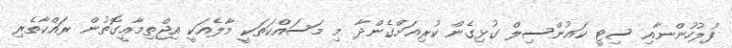
ފުލުހުންނާއި ސިޓީ ކައުންސިލް ގުޅިގެން ކުރިއަށްގެންދާ މި މަސައްކަތަކީ މާލެއަކީ އިޖްތިމާޢީގޮތުން ރައްކާތެރި